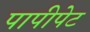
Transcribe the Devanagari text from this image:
पापीपेट